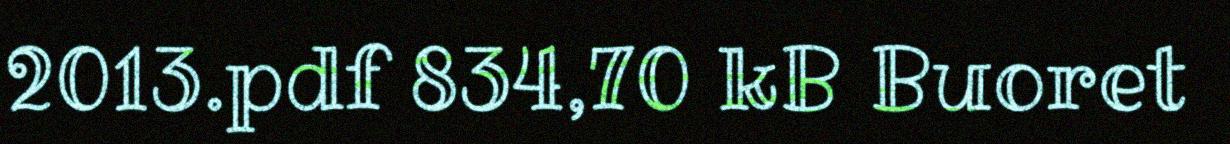
2013.pdf 834,70 kB Buoret